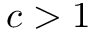
c > 1